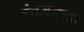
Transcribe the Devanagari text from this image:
संचयनाचा